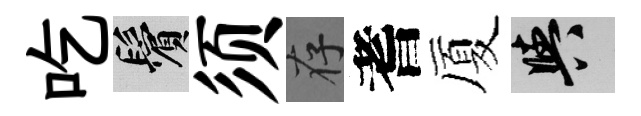
吃鬢须存耆厦阳